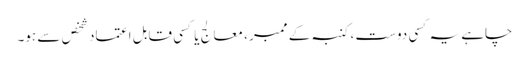
چاہے یہ کسی دوست ، کنبہ کے ممبر ، معالج یا کسی قابل اعتماد شخص سے ہو۔